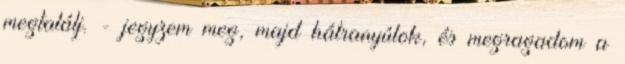
megtalálj. - jegyzem meg, majd hátranyúlok, és megragadom a